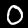
Label: 0